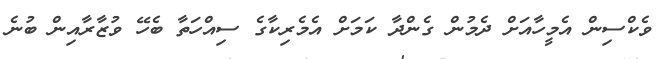
ވެކްސިން އެމީހާއަށް ދެމުން ގެންދާ ކަމަށް އެމެރިކާގެ ސިއްހަތާ ބެހޭ ވުޒާރާއިން ބުނެ